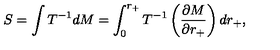
S = \int T ^ { - 1 } d M = \int _ { 0 } ^ { r _ { + } } T ^ { - 1 } \left( \frac { \partial M } { \partial r _ { + } } \right) d r _ { + } ,